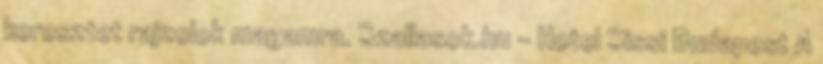
keresztet rajzolok magamra. Szallasok.hu - Hotel Sissi Budapest A